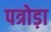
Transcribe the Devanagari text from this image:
पत्रोड़ा